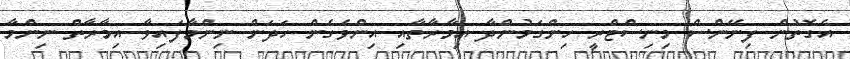
އެގޮތުން ފިނޭންސް މިނިސްޓްރީ ހިންގަމުންދާ އިމާރާތާއި އިންވެގެން ހަދަން ނިންމާފައިވާ އިމާރާތް ނިންމާ